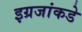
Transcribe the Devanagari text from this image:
इग्रजांकडे